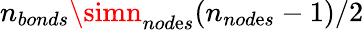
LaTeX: n_{bonds}\simn_{nod\mathrm{e}s}(n_{nod\mathrm{e}s}-1)/2